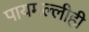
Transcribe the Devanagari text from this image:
पायमल्लीही